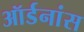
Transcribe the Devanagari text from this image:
ऑर्डनांस